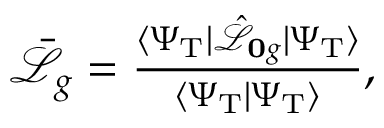
\begin{array} { r } { \bar { \mathcal { L } } _ { g } = \frac { \langle \Psi _ { \mathrm { T } } | \hat { \mathcal { L } } _ { { \mathbf { 0 } g } } | \Psi _ { \mathrm { T } } \rangle } { \langle \Psi _ { \mathrm { T } } | \Psi _ { \mathrm { T } } \rangle } , } \end{array}